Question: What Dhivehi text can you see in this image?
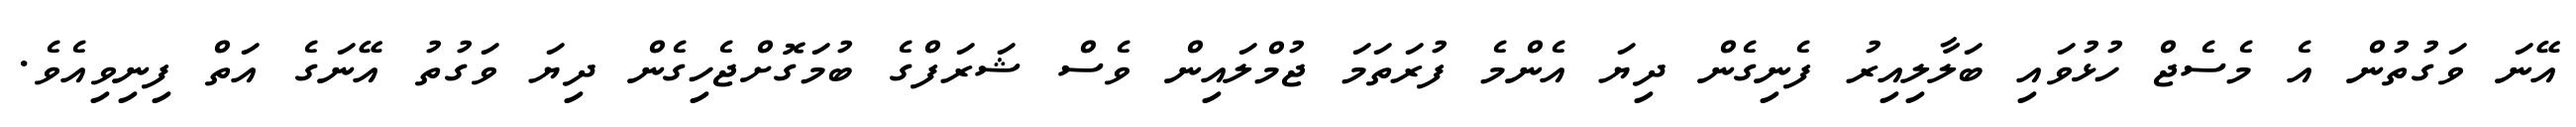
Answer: އޭނަ ވަގުތުން އެ މެސެޖް ހުޅުވައި ބަލާލިއިރު ފެނިގެން ދިޔަ އެންމެ ފުރަތަމަ ޖުމްލައިން ވެސް ޝަރަފްގެ ބުމަގޮށްޖެހިގެން ދިޔަ ވަގުތު އޭނަގެ އަތް ފިނިވިއެވެ.